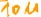
Text: 10u